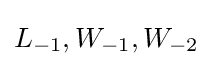
L_{-1},W_{-1},W_{-2}